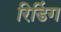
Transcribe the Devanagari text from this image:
रिडिंग